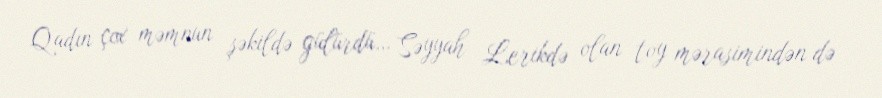
Qadın çox məmnun şəkildə gülürdü… Səyyah Lerikdə olan toy mərasimindən də